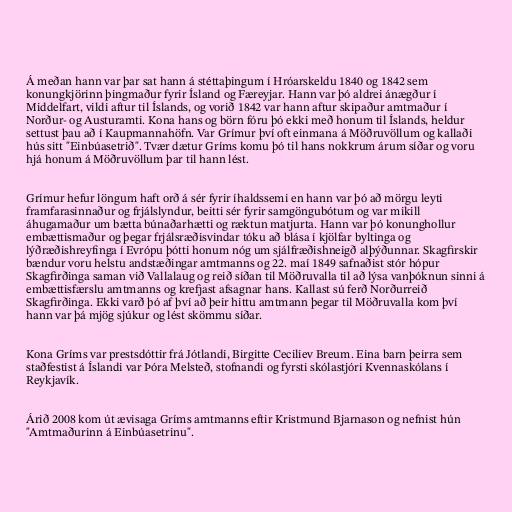
Á meðan hann var þar sat hann á stéttaþingum í Hróarskeldu 1840 og 1842 sem
konungkjörinn þingmaður fyrir Ísland og Færeyjar. Hann var þó aldrei ánægður í
Middelfart, vildi aftur til Íslands, og vorið 1842 var hann aftur skipaður amtmaður í
Norður- og Austuramti. Kona hans og börn fóru þó ekki með honum til Íslands, heldur
settust þau að í Kaupmannahöfn. Var Grímur því oft einmana á Möðruvöllum og kallaði
hús sitt "Einbúasetrið". Tvær dætur Gríms komu þó til hans nokkrum árum síðar og voru
hjá honum á Möðruvöllum þar til hann lést.

Grímur hefur löngum haft orð á sér fyrir íhaldssemi en hann var þó að mörgu leyti
framfarasinnaður og frjálslyndur, beitti sér fyrir samgöngubótum og var mikill
áhugamaður um bætta búnaðarhætti og ræktun matjurta. Hann var þó konunghollur
embættismaður og þegar frjálsræðisvindar tóku að blása í kjölfar byltinga og
lýðræðishreyfinga í Evrópu þótti honum nóg um sjálfræðishneigð alþýðunnar. Skagfirskir
bændur voru helstu andstæðingar amtmanns og 22. maí 1849 safnaðist stór hópur
Skagfirðinga saman við Vallalaug og reið síðan til Möðruvalla til að lýsa vanþóknun sinni á
embættisfærslu amtmanns og krefjast afsagnar hans. Kallast sú ferð Norðurreið
Skagfirðinga. Ekki varð þó af því að þeir hittu amtmann þegar til Möðruvalla kom því
hann var þá mjög sjúkur og lést skömmu síðar.

Kona Gríms var prestsdóttir frá Jótlandi, Birgitte Ceciliev Breum. Eina barn þeirra sem
staðfestist á Íslandi var Þóra Melsteð, stofnandi og fyrsti skólastjóri Kvennaskólans í
Reykjavík.

Árið 2008 kom út ævisaga Gríms amtmanns eftir Kristmund Bjarnason og nefnist hún
"Amtmaðurinn á Einbúasetrinu".